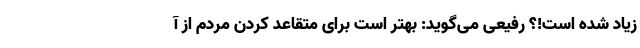
زیاد شده است!؟ رفیعی می‌گوید: بهتر است برای متقاعد کردن مردم از آ